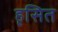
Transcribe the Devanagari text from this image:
हृसित